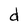
Character: d